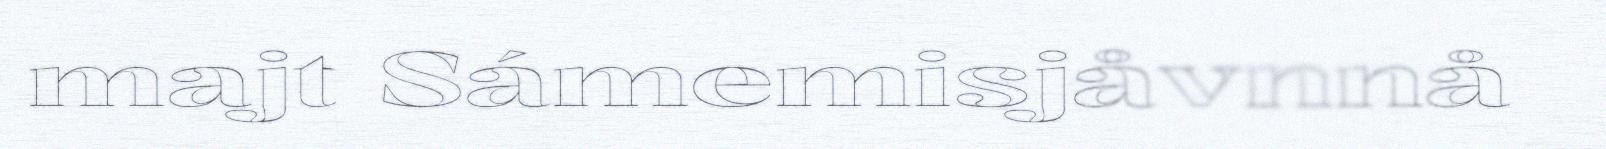
majt Sámemisjåvnnå